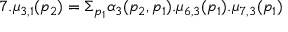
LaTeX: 7 . \mu _ { 3 , 1 } ( p _ { 2 } ) = \Sigma _ { p _ { 1 } } \alpha _ { 3 } ( p _ { 2 } , p _ { 1 } ) . \mu _ { 6 , 3 } ( p _ { 1 } ) . \mu _ { 7 , 3 } ( p _ { 1 } )